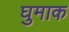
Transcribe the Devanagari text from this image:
घुमाक